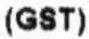
(GST)